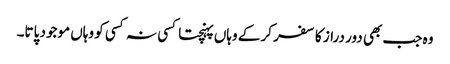
وہ جب بھی دور دراز کا سفر کر کے وہاں پہنچتا کسی نہ کسی کو وہاں موجود پاتا۔